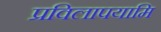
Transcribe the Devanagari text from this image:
प्रविलापयामि